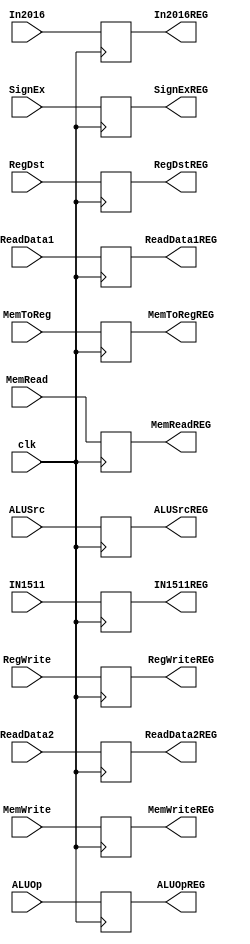
module IDEX(RegWrite,MemToReg,MemRead,MemWrite,RegDst,ALUOp,ALUSrc,
	clk,RegWriteREG,MemToRegREG,MemReadREG,MemWriteREG,RegDstREG,ALUOpREG,ALUSrcREG,
	ReadData1,ReadData2,SignEx,In2016,IN1511,
	ReadData1REG,ReadData2REG,SignExREG,In2016REG,IN1511REG);
input clk;
input [31:0]ReadData1,ReadData2,SignEx;
input	[4:0] In2016,IN1511;
input RegWrite,MemToReg,	MemRead,MemWrite,	RegDst,ALUSrc;
input [2:0]ALUOp;
output reg RegWriteREG,MemToRegREG,	MemReadREG,MemWriteREG,	RegDstREG,ALUSrcREG;
output reg[2:0]ALUOpREG;
output reg[31:0]ReadData1REG,ReadData2REG,SignExREG;
output	reg[4:0] In2016REG,IN1511REG;

always@(posedge clk)
begin
//WB
RegWriteREG=RegWrite;
MemToRegREG=MemToReg;
//M
MemReadREG=MemRead;
MemWriteREG=MemWrite;
//EX
RegDstREG=RegDst;
ALUOpREG=ALUOp;
ALUSrcREG=ALUSrc;
//else
ReadData1REG=ReadData1;
ReadData2REG=ReadData2;
SignExREG=SignEx;
In2016REG=In2016;
IN1511REG=IN1511;
end
endmodule